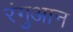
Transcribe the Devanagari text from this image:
रंगुआन